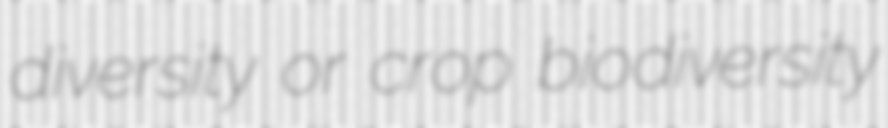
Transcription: diversity or crop biodiversity